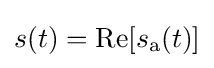
s(t)=\operatorname {Re} [s_{\mathrm {a} }(t)]